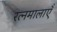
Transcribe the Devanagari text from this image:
रत्नमालाएँ